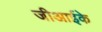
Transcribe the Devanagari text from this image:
जीआईके